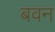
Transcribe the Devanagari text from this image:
बवन